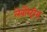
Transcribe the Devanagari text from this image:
लेबोरेट्रीस